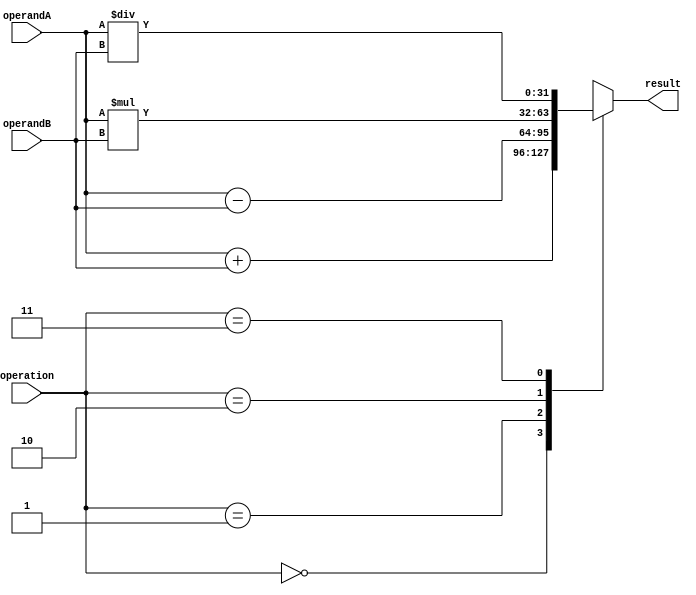
module floating_point_unit (
  input [31:0] operandA,
  input [31:0] operandB,
  input [1:0] operation, // 0:add, 1:subtract, 2:multiply, 3:divide
  output reg [31:0] result
);

  always @(*) begin
    case (operation)
      0: result = operandA + operandB; // addition
      1: result = operandA - operandB; // subtraction
      2: result = operandA * operandB; // multiplication
      3: result = operandA / operandB; // division
      default: result = 0;
    endcase
  end

endmodule